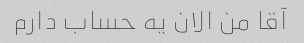
آقا من الان یه حساب دارم